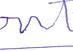
Signature authenticity: forged